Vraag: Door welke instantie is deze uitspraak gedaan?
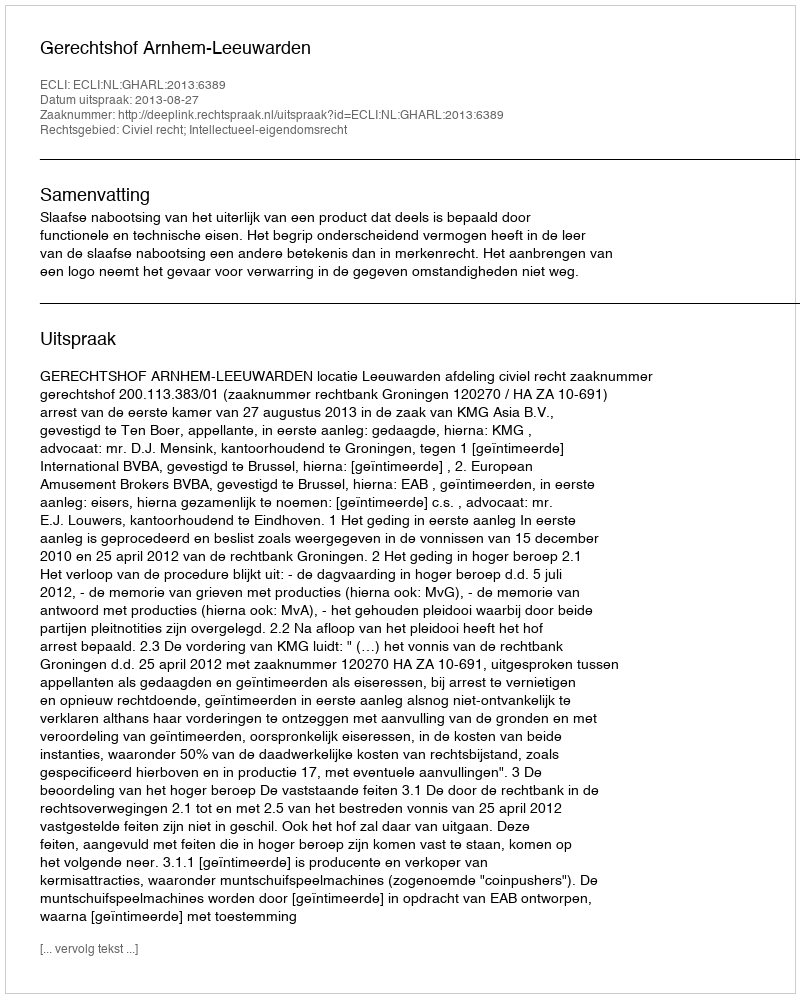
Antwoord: Gerechtshof Arnhem-Leeuwarden